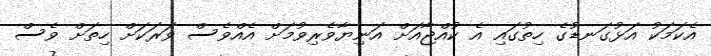
އެކަމަކު އަޅުގަނޑުގެ ހިތުގައި އެ ކުއްޖާއަށް އަނިޔާވެރިވުމަށް އެއްވެސް ވަރަކަށް ހިތަށް ވެސް